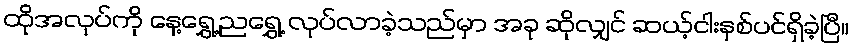
ထိုအလုပ်ကို နေ့ရွှေ့ညရွှေ့ လုပ်လာခဲ့သည်မှာ အခု ဆိုလျှင် ဆယ့်ငါးနှစ်ပင်ရှိခဲ့ပြီ။